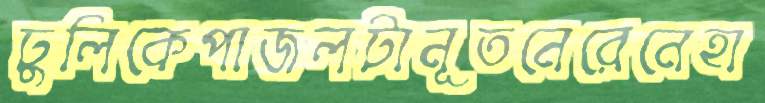
ঢুলিকেপাজলটানূতনেরেনেহা